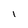
Character: I